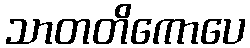
သာတတိကောပေ